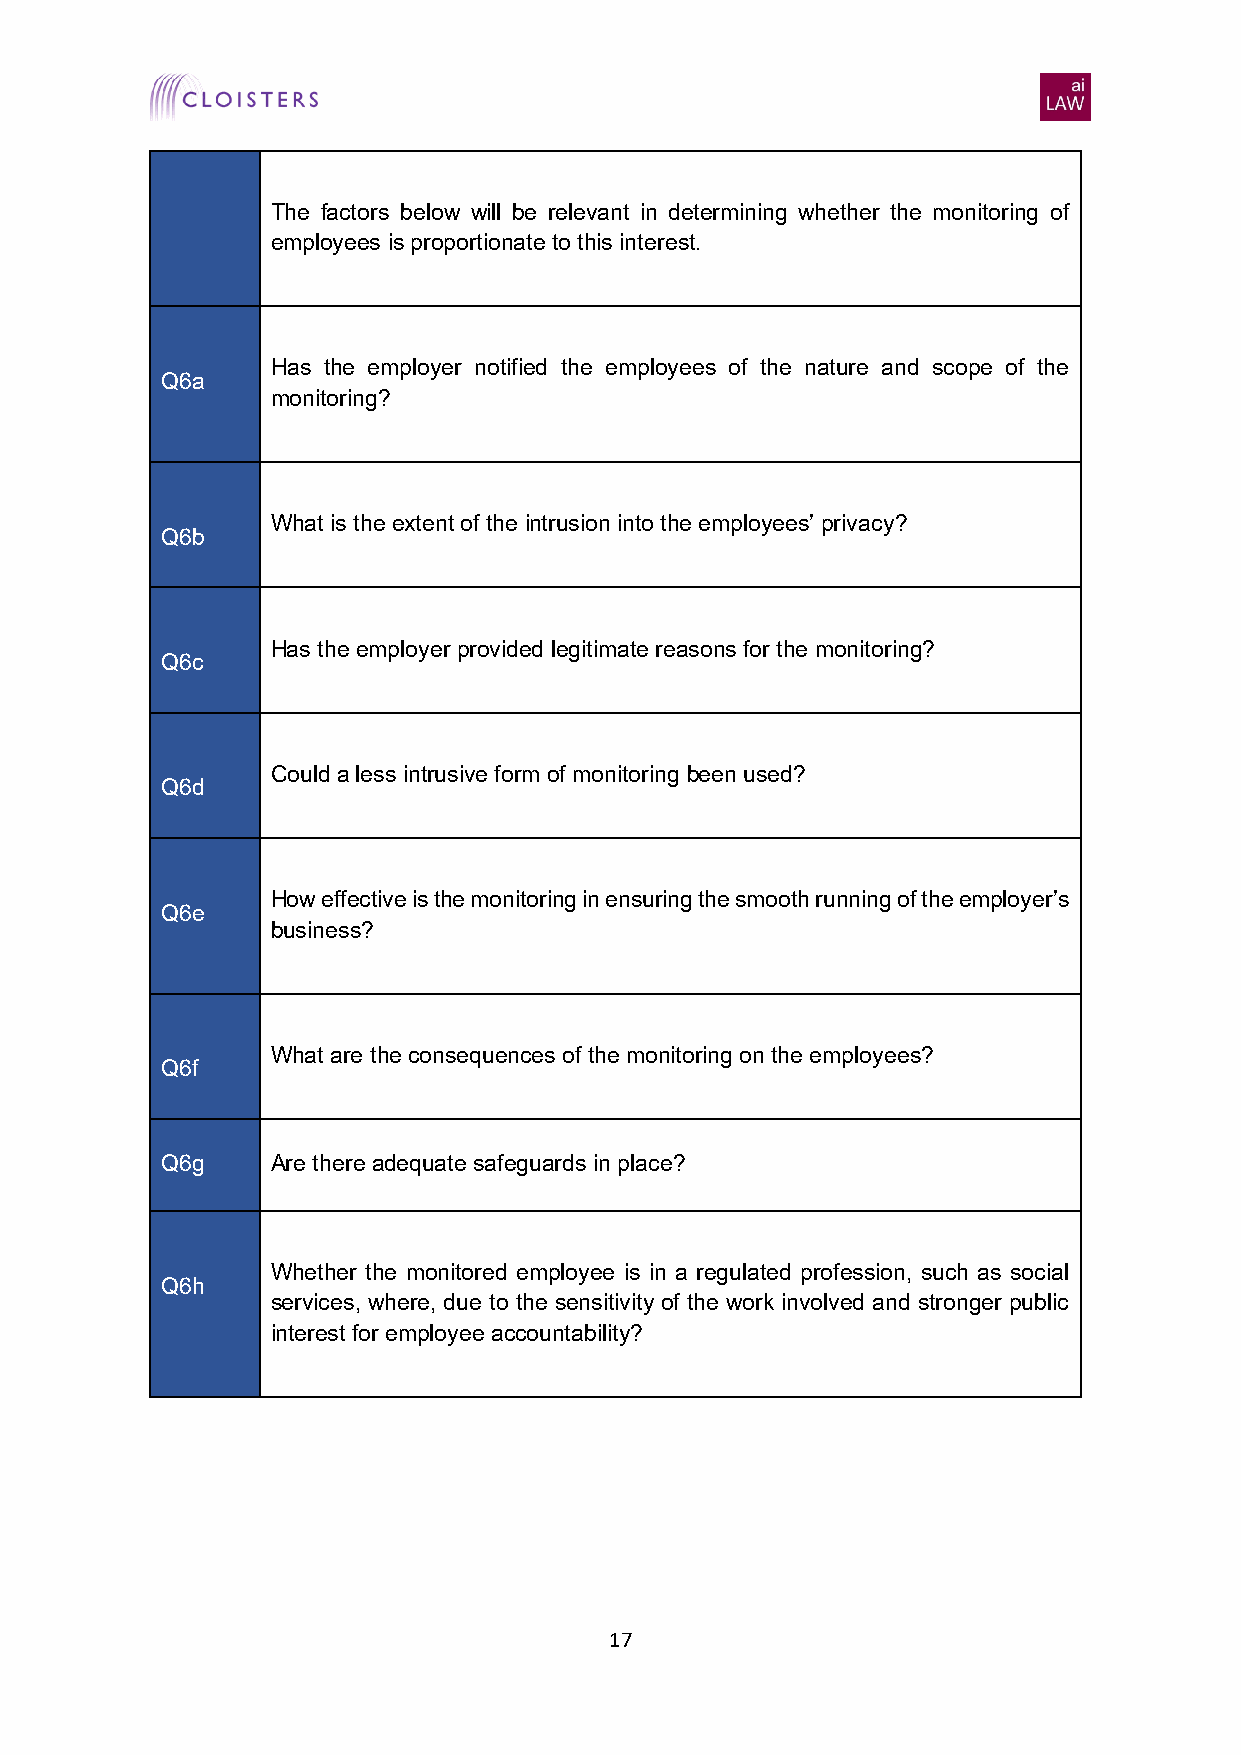
The factors below will be relevant in determining whether the monitoring of
 employees is proportionate to this interest.
 Has the employer notified the employees of the nature and scope of the
 Q6a
 monitoring?
 What is the extent of the intrusion into the employees’ privacy?
 Q6b
 Has the employer provided legitimate reasons for the monitoring?
 Q6c
 Could a less intrusive form of monitoring been used?
 Q6d
 How effective is the monitoring in ensuring the smooth running of the employer’s
 Q6e
 business?
 What are the consequences of the monitoring on the employees?
 Q6f
 Q6g    Are there adequate safeguards in place?
 Whether the monitored employee is in a regulated profession, such as social
 Q6h
 services, where, due to the sensitivity of the work involved and stronger public
 interest for employee accountability?
 17